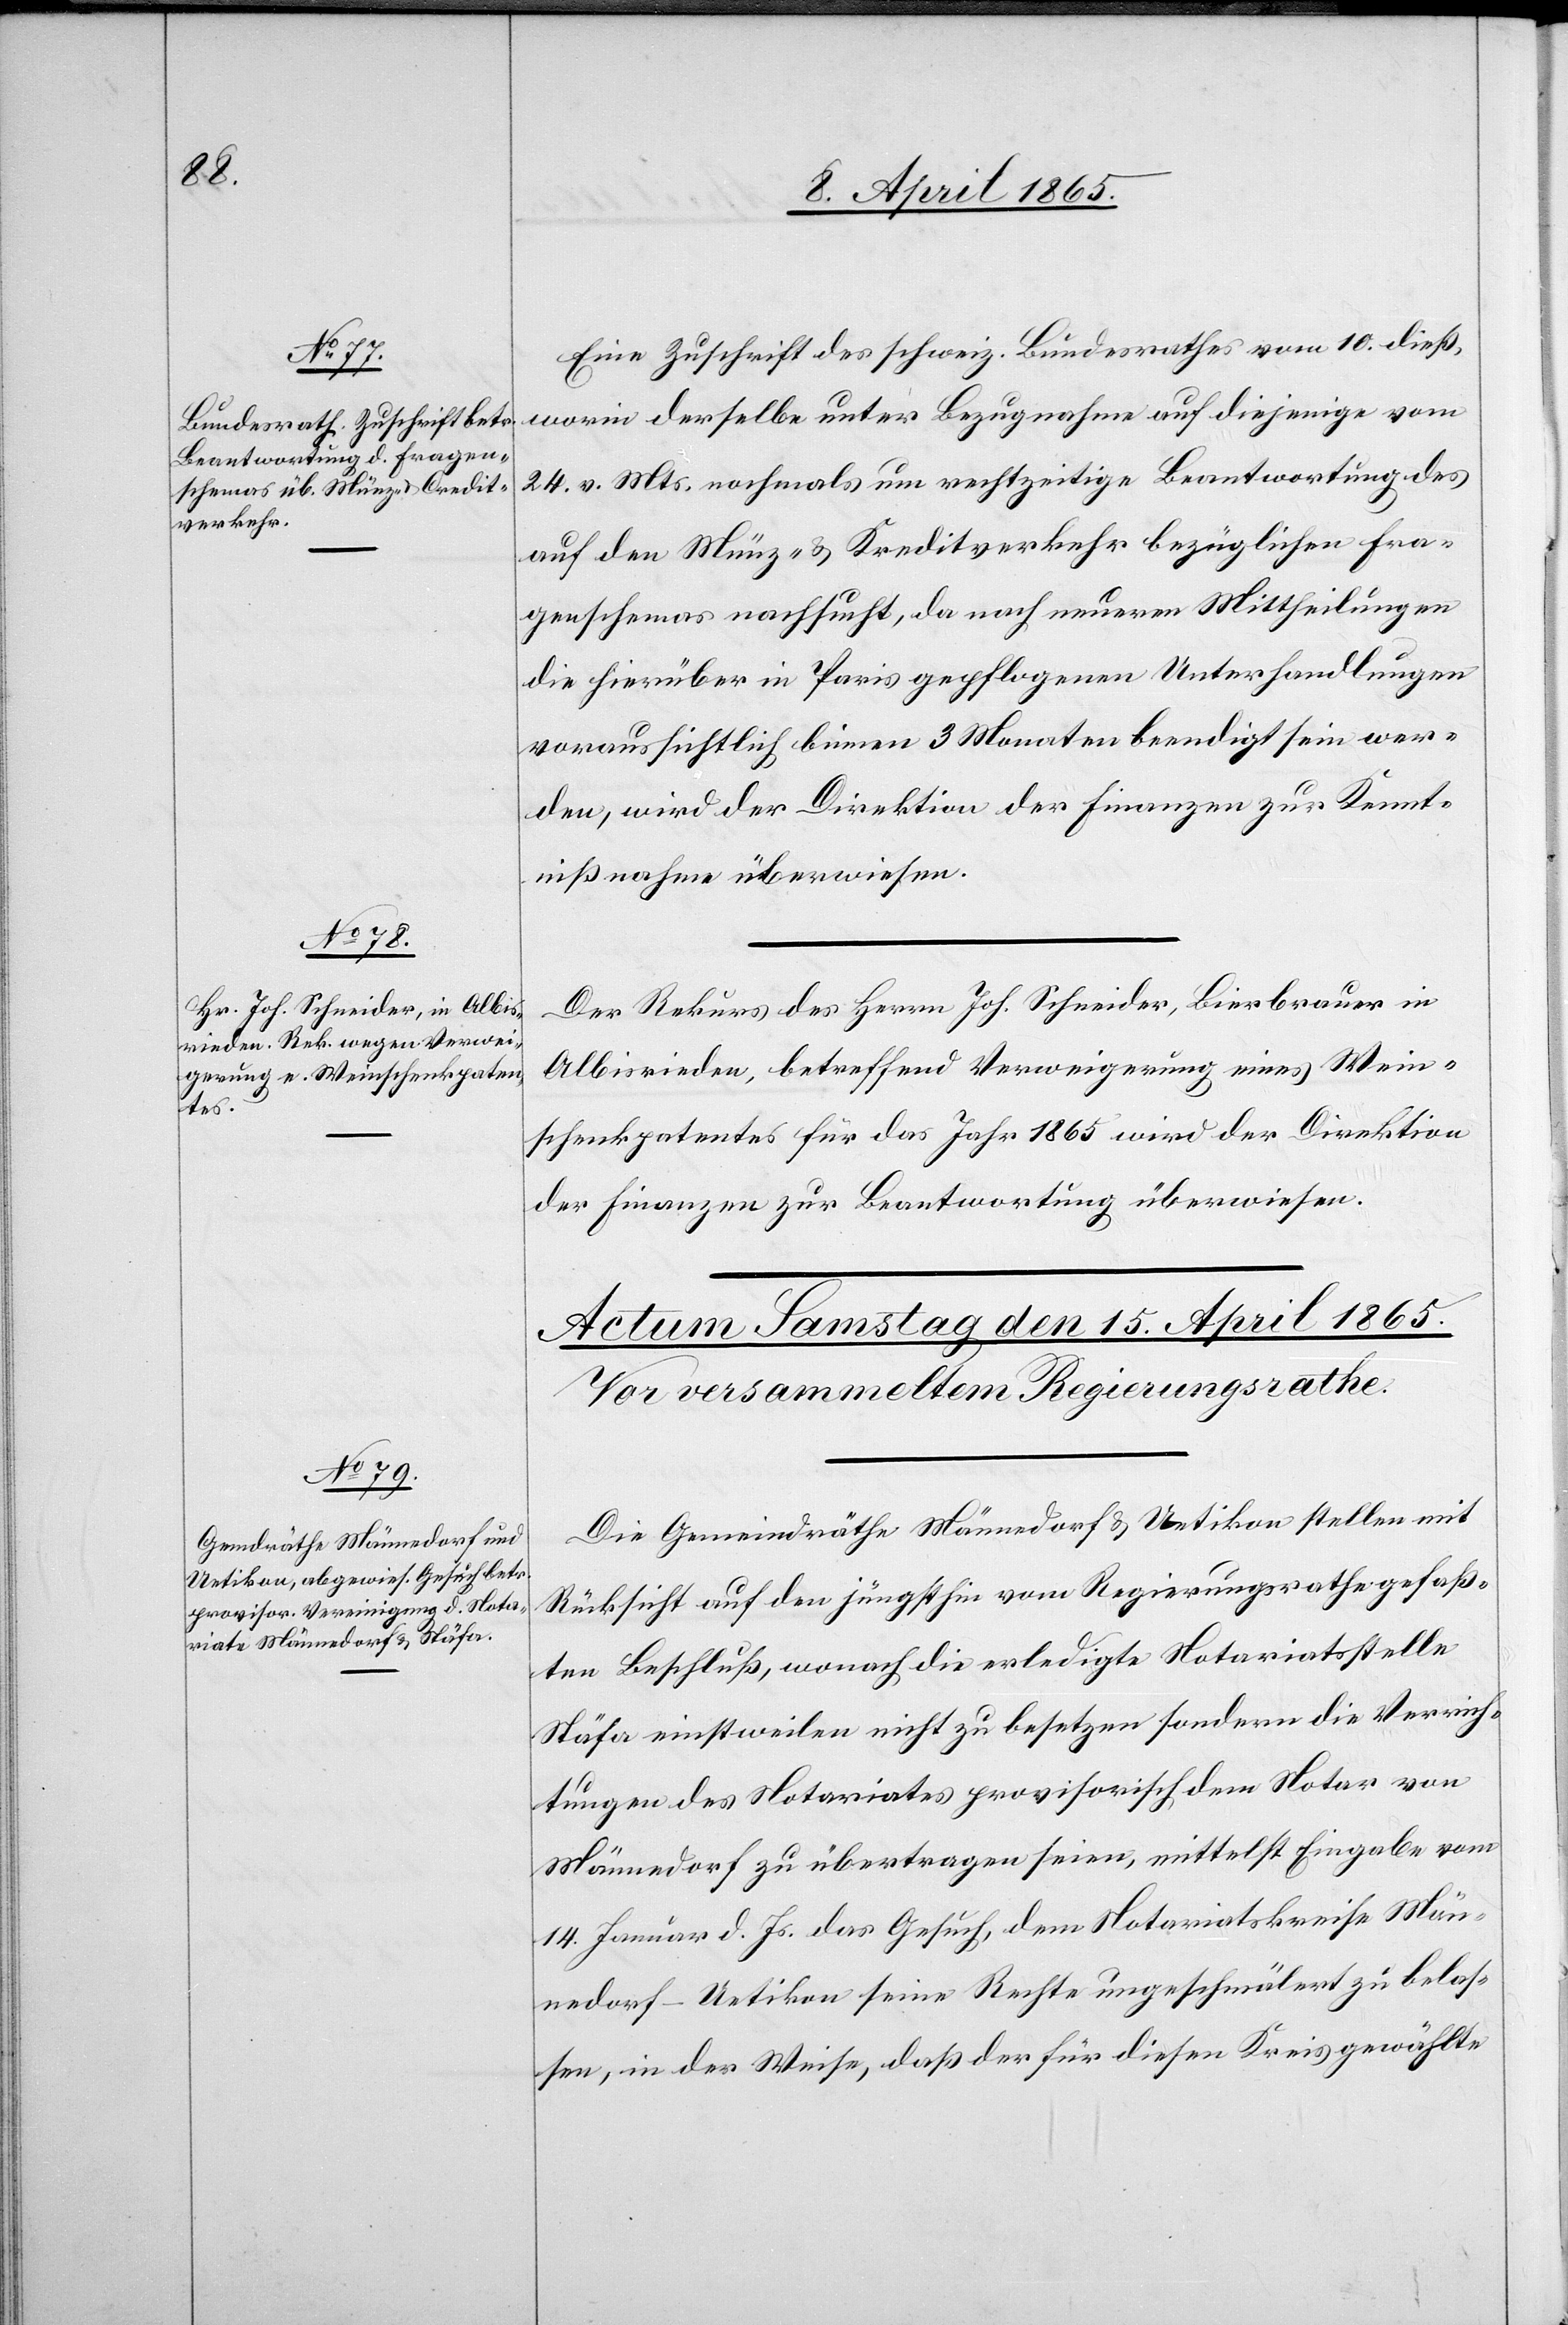
12. April 1865.]
Eine Zuschrift des schweiz. Bundesrathes vom 10. dieß,
worin derselbe unter Bezugnahme auf diejenige vom
24. v. Mts. nochmals um rechtzeitige Beantwortung des
auf den Münz- & Kreditverkehr bezüglichen Fra¬
genschemas nachsucht, da nach neueren Mittheilungen
die hierüber in Paris gepflogenen Unterhandlungen
voraussichtlich binnen 3 Monaten beendigt sein wer¬
den, wird der Direktion der Finanzen zur Kennt¬
nißnahme überwiesen.
Der Rekurs des Herrn Joh. Schneider, Bierbrauer in
Albisrieden, betreffend Verweigerung eines Wein¬
schenkpatentes für das Jahr 1865 wird der Direktion
der Finanzen zur Beantwortung überwiesen.
Die Gemeindräthe Männedorf & Uetikon stellen mit
Rücksicht auf den jüngsthin vom Regierungsrathe gefaß¬
ten Beschluß, wonach die erledigte Notariatsstelle
Stäfa einstweilen nicht zu besetzen sondern die Verrich¬
tungen des Notariates provisorisch dem Notar von
Männedorf zu übertragen seien, mittelst Eingabe vom
14. Januar d. Js. das Gesuch, dem Notariatskreise Män¬
nedorf-Uetikon seine Rechte ungeschmälert zu belas¬
sen, in der Weise, daß der für diesen Kreis gewählte